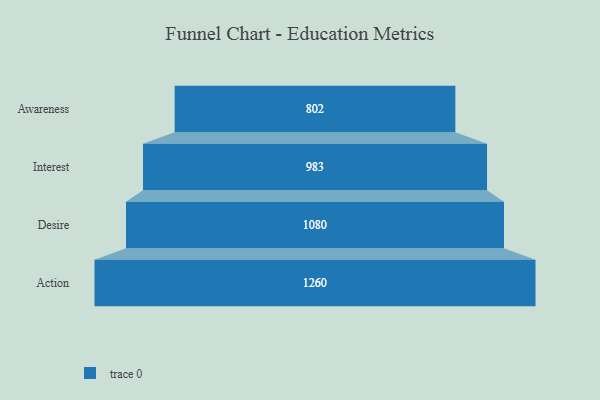
{"axis": {"x": "Stage", "y": "Value"}, "legend": [""], "data": [{"x": "Awareness", "y": 802.0, "type": ""}, {"x": "Interest", "y": 983.0, "type": ""}, {"x": "Desire", "y": 1080.0, "type": ""}, {"x": "Action", "y": 1260.0, "type": ""}]}